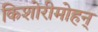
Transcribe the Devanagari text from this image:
किशोरीमोहन्